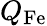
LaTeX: Q_{\mathrm{Fe}}